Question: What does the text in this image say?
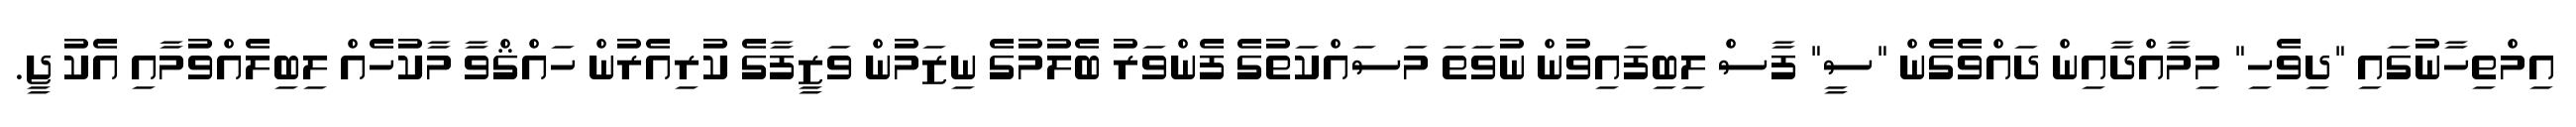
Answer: އިމްތިހާނުގައި "ދިވެހި" މިމާއްދާއިން ދައްވެގެން "ސީ" ފާސް ލިބިފައިވުން ނުވަތަ މަސައްކަތުގެ ފެންވަރު ބެލުމުގެ ނިޒަމުން ވަޒީފާގެ ކުރިއެރުން ހައްޤްވާ މާކުހެއް ލިބިލެއްވުމާއި އެކު ޖީ.